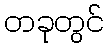
တခုတွင်